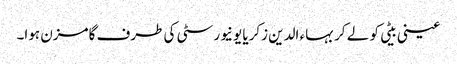
عینی بیٹی کو لے کر بہاء الدین زکریا یونیورسٹی کی طرف گامزن ہوا۔